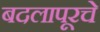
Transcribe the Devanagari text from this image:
बदलापूरचे